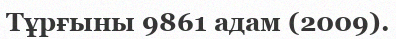
Тұрғыны 9861 адам (2009).